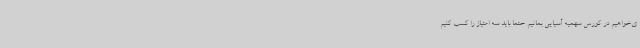
ی‌خواهیم در کورس سهمیه آسیایی بمانیم حتما باید سه امتیاز را کسب کنیم